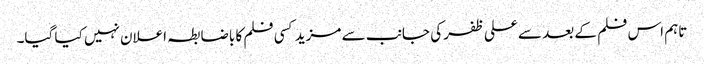
تاہم اس فلم کے بعد سے علی ظفر کی جانب سے مزید کسی فلم کا باضابطہ اعلان نہیں کیا گیا۔